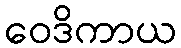
ဝေဒိကာယ